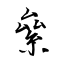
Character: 絫